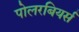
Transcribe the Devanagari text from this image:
पोलरबियर्स